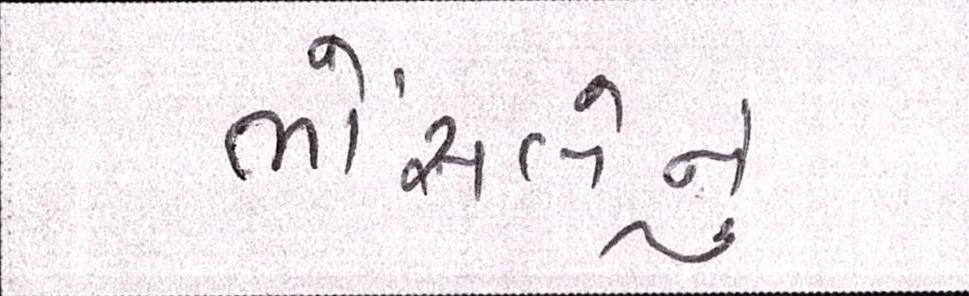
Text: ભોંસલેનું